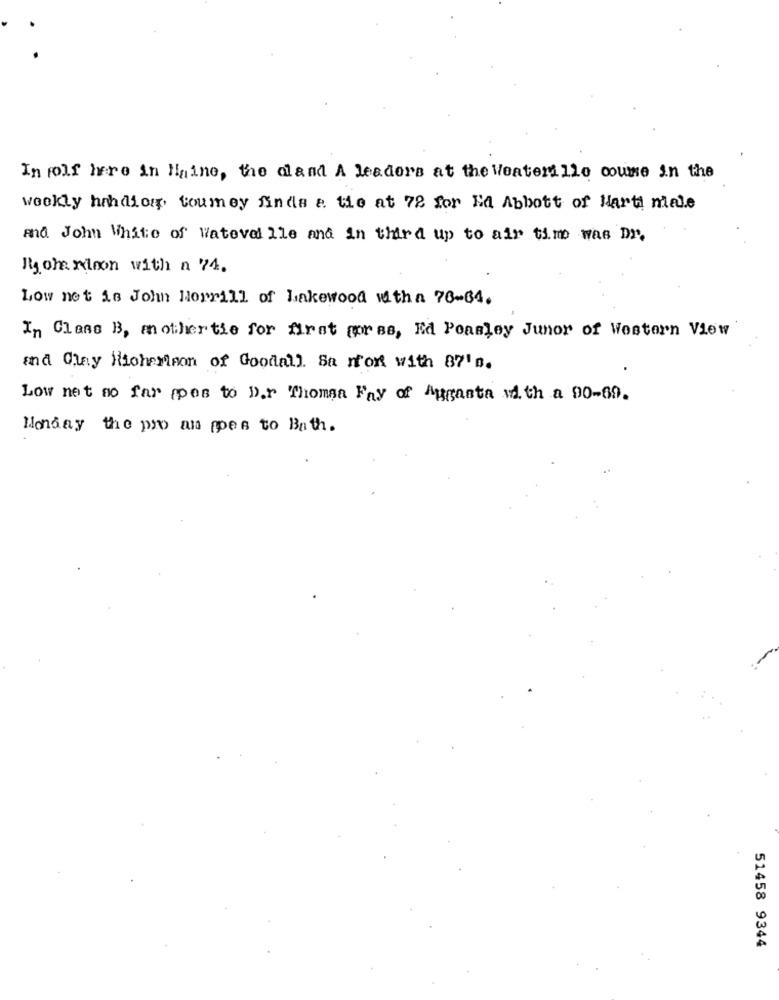
In rolf here in Haine, the cland A leaders at the Weaterille course in the
weekly hindiomp toumey finds a. the at 72 for Ed Abbott of Harti male
And. John White of Wateveille and in third up to air time was Dr.
Myome ninon with a 74.
Low net is John Morrill of Lakewood witha 76-64.
In Class B, mother tie for first for ss, Ed Ponsley Junor of Western View
und Giny Highertion of Goodall. Sa non with 87'n.
Low net so far (pes to D.r Thomsa Fay of Augasta with a 90-69.
Monday the pro ans ppes to Bath.
51458 9344